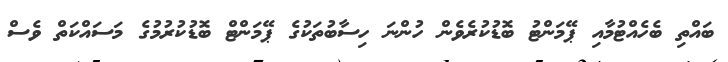
ބައްތި ބެހެއްޓުމާއި ޕޭމަންޓު ބޮޑުކުރެވެން ހުންނަ ހިސާބުތަކުގެ ޕޭމަންޓް ބޮޑުކުރުމުގެ މަސައްކަތް ވެސް